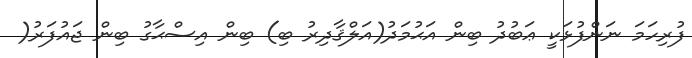
ފުރިހަމަ ނަންފުޅަކީ ޢަބުދު ބިން އަޙުމަދު(އަލްޤާދިރު ބި) ބިން އިސްޙާގު ބިން ޖައުފަރު(